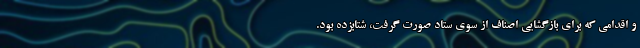
و اقدامی که برای بازگشایی اصناف از سوی ستاد صورت گرفت، شتابزده بود.